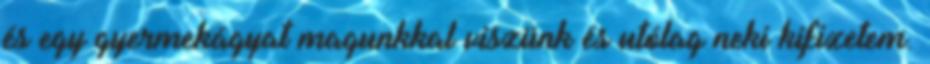
és egy gyermekágyat magunkkal viszünk és utólag neki kifizetem.